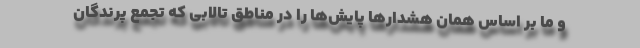
و ما بر اساس همان هشدارها پایش‌ها را در مناطق تالابی که تجمع پرندگان